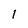
Character: 1